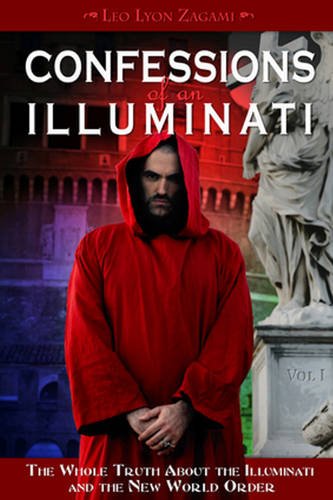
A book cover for Confessions of an Illuminati, Volume I: The Whole Truth About the Illuminati and the New World Order; Leo Lyon Zagami; History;